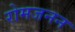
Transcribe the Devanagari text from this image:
रोमजनन